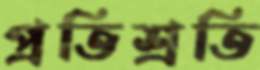
প্রতিশ্রতি